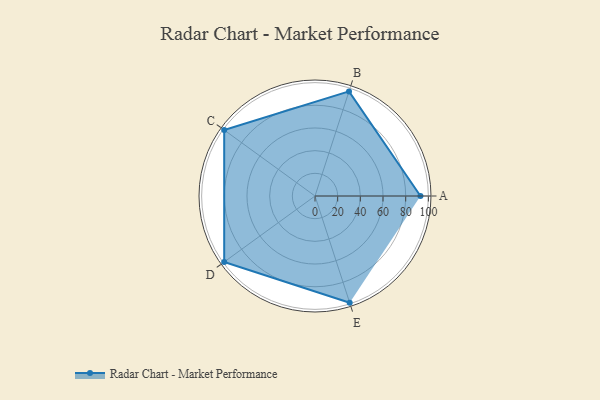
{"axis": {"x": "Skill", "y": "Score"}, "legend": ["Profile"], "data": [{"x": "A", "y": 93.0, "type": "Profile"}, {"x": "B", "y": 97.0, "type": "Profile"}, {"x": "C", "y": 99, "type": "Profile"}, {"x": "D", "y": 99, "type": "Profile"}, {"x": "E", "y": 99, "type": "Profile"}]}